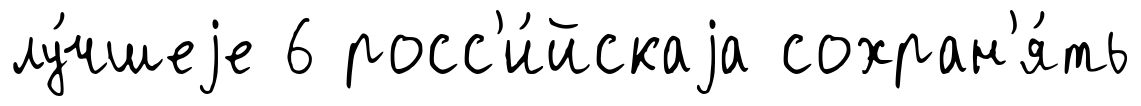
лу́чшеjе 6 росс'и́йскаjа сохран'я́ть